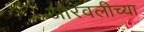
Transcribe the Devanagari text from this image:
आरवलीच्या